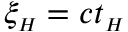
\xi _ { { \scriptscriptstyle H } } = c t _ { { \scriptscriptstyle H } }